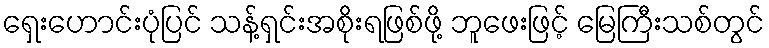
ရှေးဟောင်းပုံပြင် သန့်ရှင်းအစိုးရဖြစ်ဖို့ ဘူဖေးဖြင့် မြေကြီးသစ်တွင်